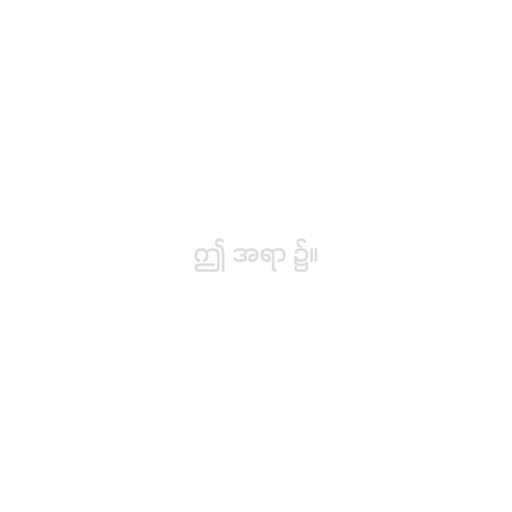
ဤ အရာ ၌။